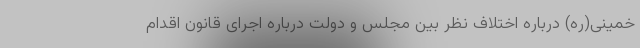
خمینی(ره) درباره اختلاف نظر بین مجلس و دولت درباره اجرای قانون اقدام